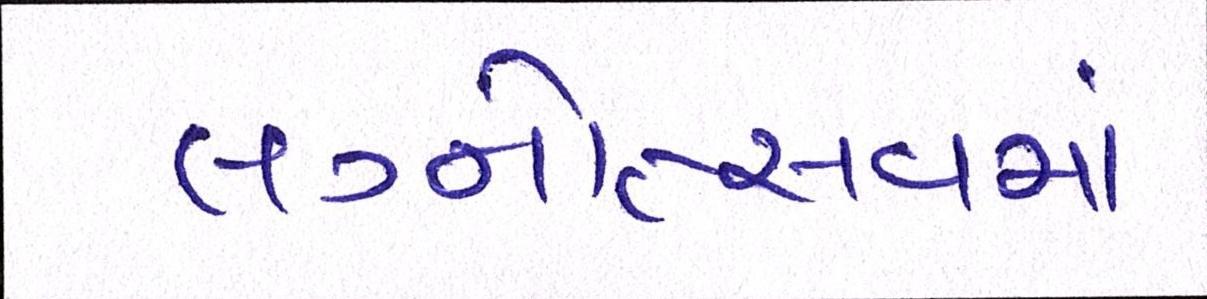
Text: લગ્નોત્સવમાં